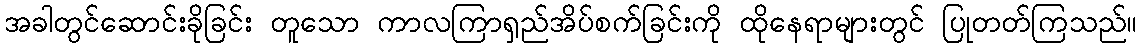
အခါတွင်ဆောင်းခိုခြင်း တူသော ကာလကြာရှည်အိပ်စက်ခြင်းကို ထိုနေရာများတွင် ပြုတတ်ကြသည်။